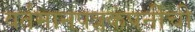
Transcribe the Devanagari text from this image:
वर्तमानपत्रकंपनीची